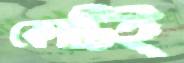
কোটিই